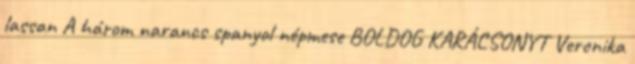
lassan A három narancs spanyol népmese BOLDOG KARÁCSONYT Veronika